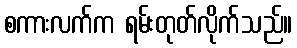
စကားလက်က ရမ်းတုတ်လိုက်သည်။